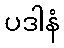
ပဒါနံ